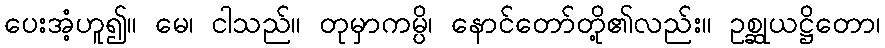
ပေးအံ့ဟူ၍။ မေ၊ ငါသည်။ တုမှာကမ္ပိ၊ နောင်တော်တို့၏လည်း။ ဥစ္ဆုယဋ္ဌိတော၊